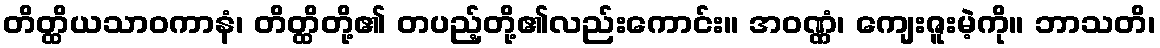
တိတ္ထိယသာဝကာနံ၊ တိတ္ထိတို့၏ တပည့်တို့၏လည်းကောင်း။ အဝဏ္ဏံ၊ ကျေးဇူးမဲ့ကို။ ဘာသတိ၊